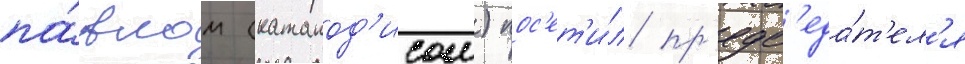
па́влом (катапод'исом) пос'ет'и́л пр'едс'еда́т'ел'я